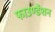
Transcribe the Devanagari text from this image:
फाउण्डेंशन